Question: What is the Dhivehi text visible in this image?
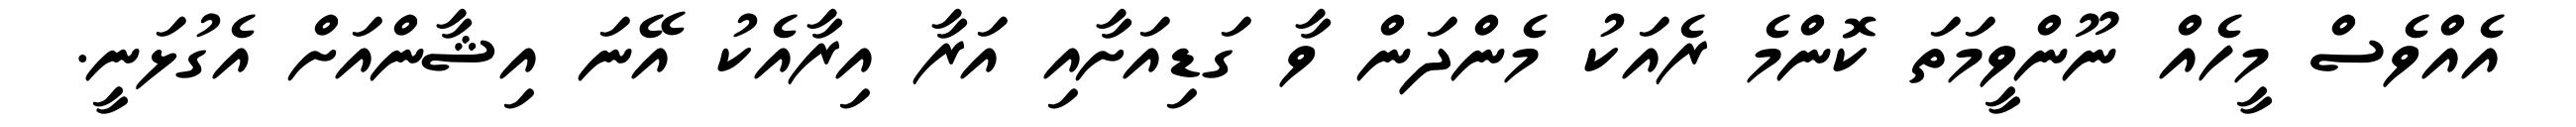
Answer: އެއްވެސް މީހެއް ނޫންވީމަތަ ކޮންމެ ރެއަކު މެންދަން ވާ ގަޑިއަށާއި އަރާ އިރާއެކު އޭނަ އިޝާންއަށް އެގުޅަނީ.